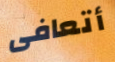
أتعافى